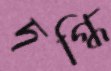
দগ্ধি